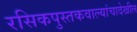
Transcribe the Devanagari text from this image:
रसिकपुस्तकवाल्यांचादेखील